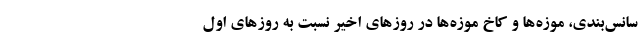
سانس‌بندی، موزه‌ها و کاخ موزه‌ها در روزهای اخیر نسبت به روزهای اول